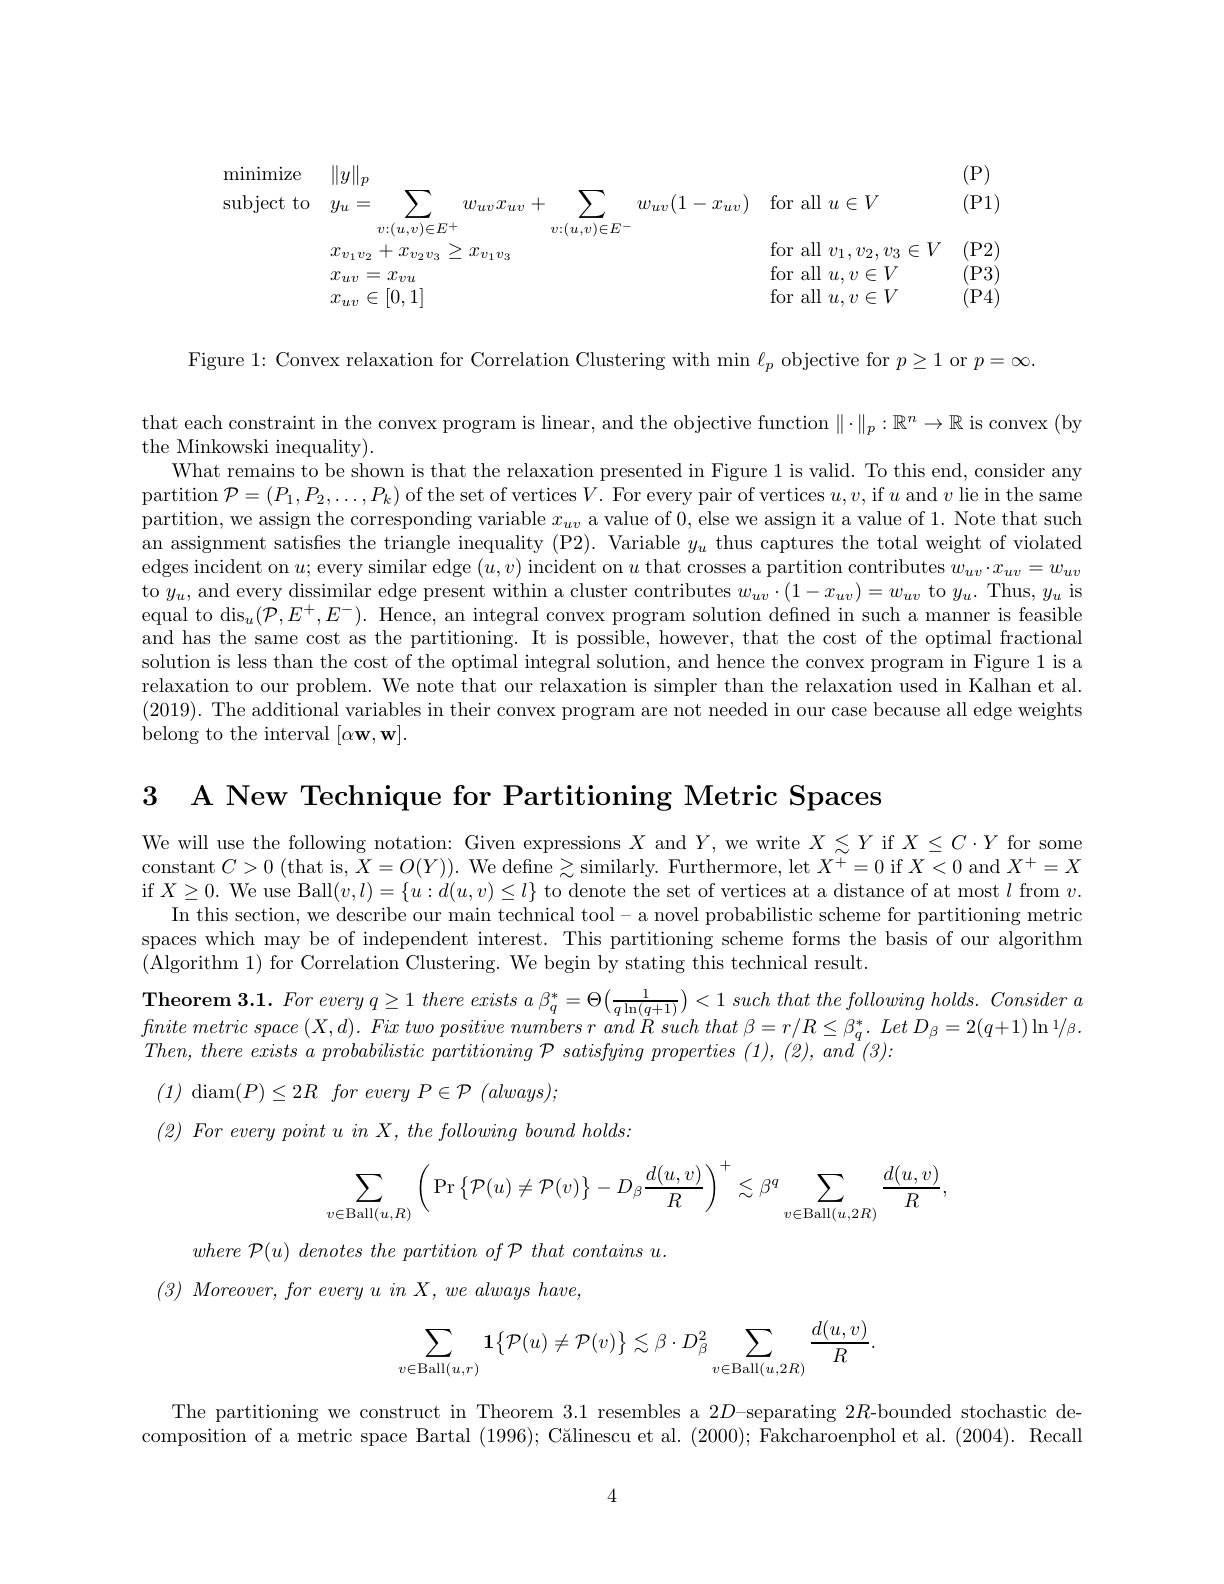
<table>
	<tbody>
		<tr>
			<td>$\operatorname{lbject}1$ $to$ 1</td>
			<td>$y_{u}$ 二 $w_{uv}x_{uv}+$ </td>
			<td>$w_{uv}x_{uv}$ +</td>
			<td>$w_{uv}(1$ $x_{uv}$ 1 $\frac{1}{2}=\frac{1}{2}=\frac{1}{2}$</td>
			<td>for all $u\in V$</td>
			<td>(P1</td>
		</tr>
		<tr>
			<td> </td>
			<td>$+x_{v_2v_3}$ $x_{v_1v_2}$ > $x_{v_1v_3}$</td>
			<td>$\cdot\left\{\begin{array}{c}{{\boldsymbol{u}}},{{\boldsymbol{v}}}\\{{\boldsymbol{u}}}\end{array}\right\}$ > $x_{v_1v_3}$ 73</td>
			<td> </td>
			<td>for all $v_{1},v_{2},v_{3}\in V$</td>
			<td>(P2</td>
		</tr>
		<tr>
			<td> </td>
			<td>$x_{uv}$ $x_{vu}$</td>
			<td> </td>
			<td> </td>
			<td>for all $u,v\in V$</td>
			<td>(P3</td>
		</tr>
		<tr>
			<td> </td>
			<td>[0,1] xuv $\in$</td>
			<td> </td>
			<td> </td>
			<td>for all $u,v\in V$</td>
			<td>P4</td>
		</tr>
	</tbody>
</table>

Figure 1: Convex relaxation for Correlation Clustering with min $\ell_p$ objective for $p\geq1$ or $p=\infty$

that each constraint in the convex program is linear, and the objective function $\|\cdot\|_p:\mathbb{R}^n\to\mathbb{R}$ is convex (by

the Minkowski inequality).
What remains to be shown is that the relaxation presented in Figure 1 is valid. To this end, consider any partition $\mathcal{P}=(P_1,P_2,\ldots,P_k)$ of the set of vertices$V.$ For every pair of vertices $u,v$,if $u$ and $v$ lie in the same partition, we assign the corresponding variable $x_uv$ a value of 0, else we assign it a value of 1. Note that such an assignment satisfes the triangle inequality (P2). Variable $y_u$ thus captures the total weight of violated edges incident on $u;$ every similar edge $(u,v)$ incident on $u$ that crosses a partition contributes $w_uv\cdot x_{uv}=w_{uv}$ to $y_u$, and every dissimilar edge present within a cluster contributes $w_uv\cdot(1-x_{uv})=w_{uv}$ to $y_u.$ Thus, $y_u$ is equal to dis$_u(\dot{\mathcal{P}},E^+,E^-).$ Hence, an integral convex program solution defned in such a manner is feasible and has the same cost as the partitioning. It is possible, however, that the cost of the optimal fractional solution is less than the cost of the optimal integral solution, and hence the convex program in Figure 1 is a relaxation to our problem. We note that our relaxation is simpler than the relaxation used in Kalhan et al. (2019). The additional variables in their convex program are not needed in our case because all edge weights belong to the interval $[\alpha\mathbf{w},\mathbf{w}].$

3 A New Technique for Partitioning Metric Spaces

We will use the following notation: Given expressions $X$ and $Y$, we write $X\lesssim Y$ if $X\leq C\cdot Y$ for some constant $C>0$ (that is, $\bar{X}=O(Y)).$ We define $\geq$similarly. Furthermore, let $X^+=0$ if $X<0$ and $X^+=X$ if $X\geq0.$ We use Ball$(v,l)=\{u:d(u,v)\leq l\}$ to denote the set of vertices at a distance of at most $l$ from $v.$
In this section, we describe our main technical tool- a novel probabilistic scheme for partitioning metric spaces which may be of independent interest. This partitioning scheme forms the basis of our algorithm (Algorithm 1) for Correlation Clustering. We begin by stating this technical result.
$\textbf{Theorem 3. 1. For every q 1 there exists a }_{q}^{* }= \Theta \left ( \frac 1{q\ln ( q+ 1) }\right ) < 1$ such that the following $holds.$ Consider $a$ $fnite\textit{ metric space }( X, d) . \textit{ Fix two positive numbers r and R such that }\beta = r/ R\leq \beta _q^* . \textit{ Let D}_\beta = 2( q+ 1) \ln ^1/ \beta .$ $Then, there$ exists $a$ probabilistic partitioning $\mathcal{P}$ satisfying properties (1), (2), and (3):
(1) diam$(P)\leq2R$ for every $P\in\mathcal{P}$ $(always);$
$( 2) \textit{ For every point u in X,  the following bound holds: }$
$$\displaystyle\sum_{v\in\operatorname{Ball}(u,R)}\bigg(\Pr\big\{\mathcal{P}(u)\neq\mathcal{P}(v)\big\}-D_{\beta}\frac{d(u,v)}{R}\bigg)^{+}\lesssim\beta^{q}\sum_{v\in\operatorname{Ball}(u,2R)}\frac{d(u,v)}{R},$$
where ${\mathcal{P} }( u)$ denotes the partition $of$ ${\mathcal{P} }$ that contains $u.$
$( 3) \textit{ Moreover,  for every u in X,  we always have, }$
$$\sum_{v\in\mathrm{Ball}(u,r)}\mathbf{1}\big\{\mathcal{P}(u)\neq\mathcal{P}(v)\big\}\lesssim\beta\cdot D_{\beta}^{2}\sum_{v\in\mathrm{Ball}(u,2R)}\frac{d(u,v)}{R}.$$
The partitioning we construct in Theorem 3.1 resembles a 2$D$-separating 2$R$-bounded stochastic decomposition of a metric space Bartal $( 1996) ; \text{ C\u {a}linescuetal. ( 2000) ; Fakcharoenpholetal. ( 2004) . Recall}$

4